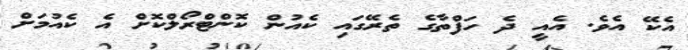
އެކޭ އެވެ. އެއީ ދެ ހަފްތާގެ ތެރޭގައި ކެއުން ކޮންޓްރޯލްކޮށް އެ ކެއުމަށް